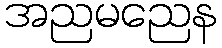
အညမညေန